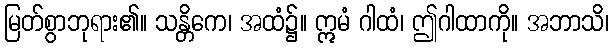
မြတ်စွာဘုရား၏။ သန္တိကေ၊ အထံ၌။ ဣမံ ဂါထံ၊ ဤဂါထာကို။ အဘာသိ၊